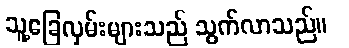
သူ့ခြေလှမ်းများသည် သွက်လာသည်။